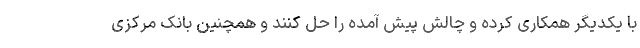
با یکدیگر همکاری کرده و چالش پیش آمده را حل کنند و همچنین بانک مرکزی